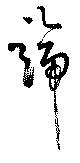
諦